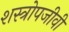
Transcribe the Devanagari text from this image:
शस्त्रोपजीवी